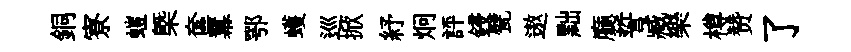
銅寮螘槩奩羃鄂蠖巡掀紓炯評鋟甓遨黜廳誓臧樂樽赞了